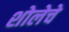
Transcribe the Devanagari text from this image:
शोलेचे